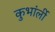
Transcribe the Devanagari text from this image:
कुभांर्ली